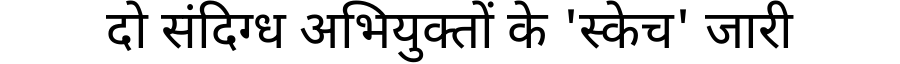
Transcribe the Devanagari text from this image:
दो संदिग्ध अभियुक्तों के 'स्केच' जारी